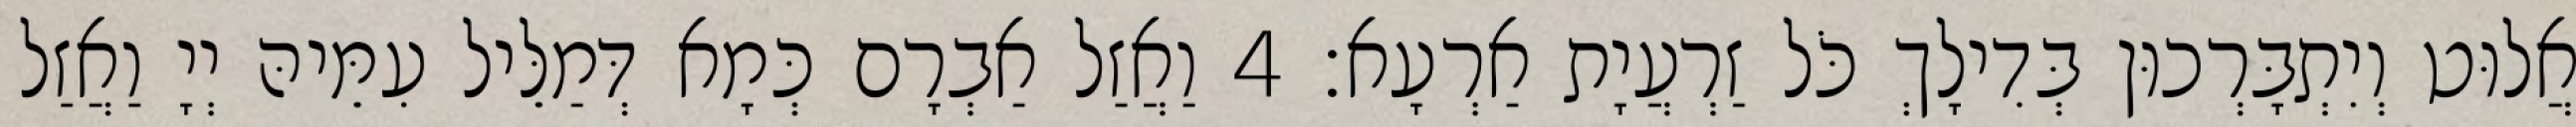
אֲלוּט וְיִתְבָּרְכוּן בְּדִילָךְ כֹּל זַרְעֲיָת אַרְעָא׃ 4 וַאֲזַל אַבְרָם כְּמָא דְּמַלֵּיל עִמֵּיהּ יְיָ וַאֲזַל